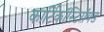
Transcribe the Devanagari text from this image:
कार्टिकॉस्टिरॉयड